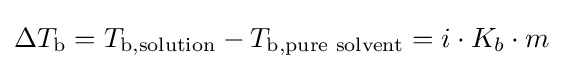
\Delta T_{\rm {b}}=T_{\rm {b,{\text{solution}}}}-T_{\rm {b,{\text{pure solvent}}}}=i\cdot K_{b}\cdot m